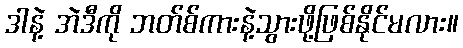
ဒါနဲ့ အဲဒီကို ဘတ်စ်ကားနဲ့သွားဖို့ဖြစ်နိုင်မလား။